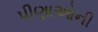
પીણાઓની